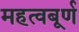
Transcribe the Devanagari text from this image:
महत्वबूर्ण